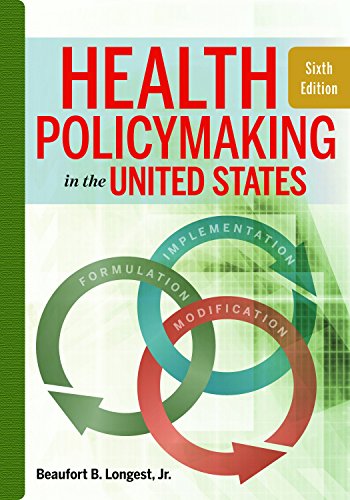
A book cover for Health Policymaking in the United States, Sixth Edition; Beaufort B. Longest; Medical Books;